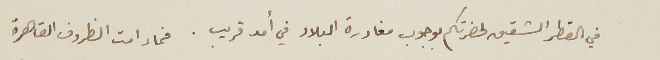
في القطر الشقيق لحضرتكم بوجوب مغادرة البلاد في أمد قريب. فما دامت الظروف القاهرة